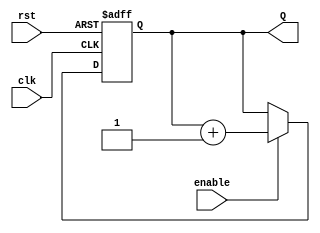
`timescale 1ns / 1ps
//////////////////////////////////////////////////////////////////////////////////
// Company: ITESO
//////////////////////////////////////////////////////////////////////////////////
module Counter_Param_Tx
 # (parameter n = 8)
(
    input clk,
    input rst,
    input enable,
    output reg [n-1:0] Q
    );
 always @(posedge rst, posedge clk) 
    begin
        if (rst)
            Q <= {n{1'b0}};
        else
            if (enable)
                Q <= Q + 1'b1;
            else
                Q <= Q;
    end 
endmodule